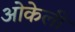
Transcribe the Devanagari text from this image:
ओकेली